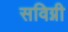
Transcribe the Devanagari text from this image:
सविग्नी